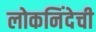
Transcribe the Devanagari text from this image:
लोकनिंदेची